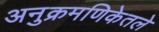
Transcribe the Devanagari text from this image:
अनुक्रमणिकेतले